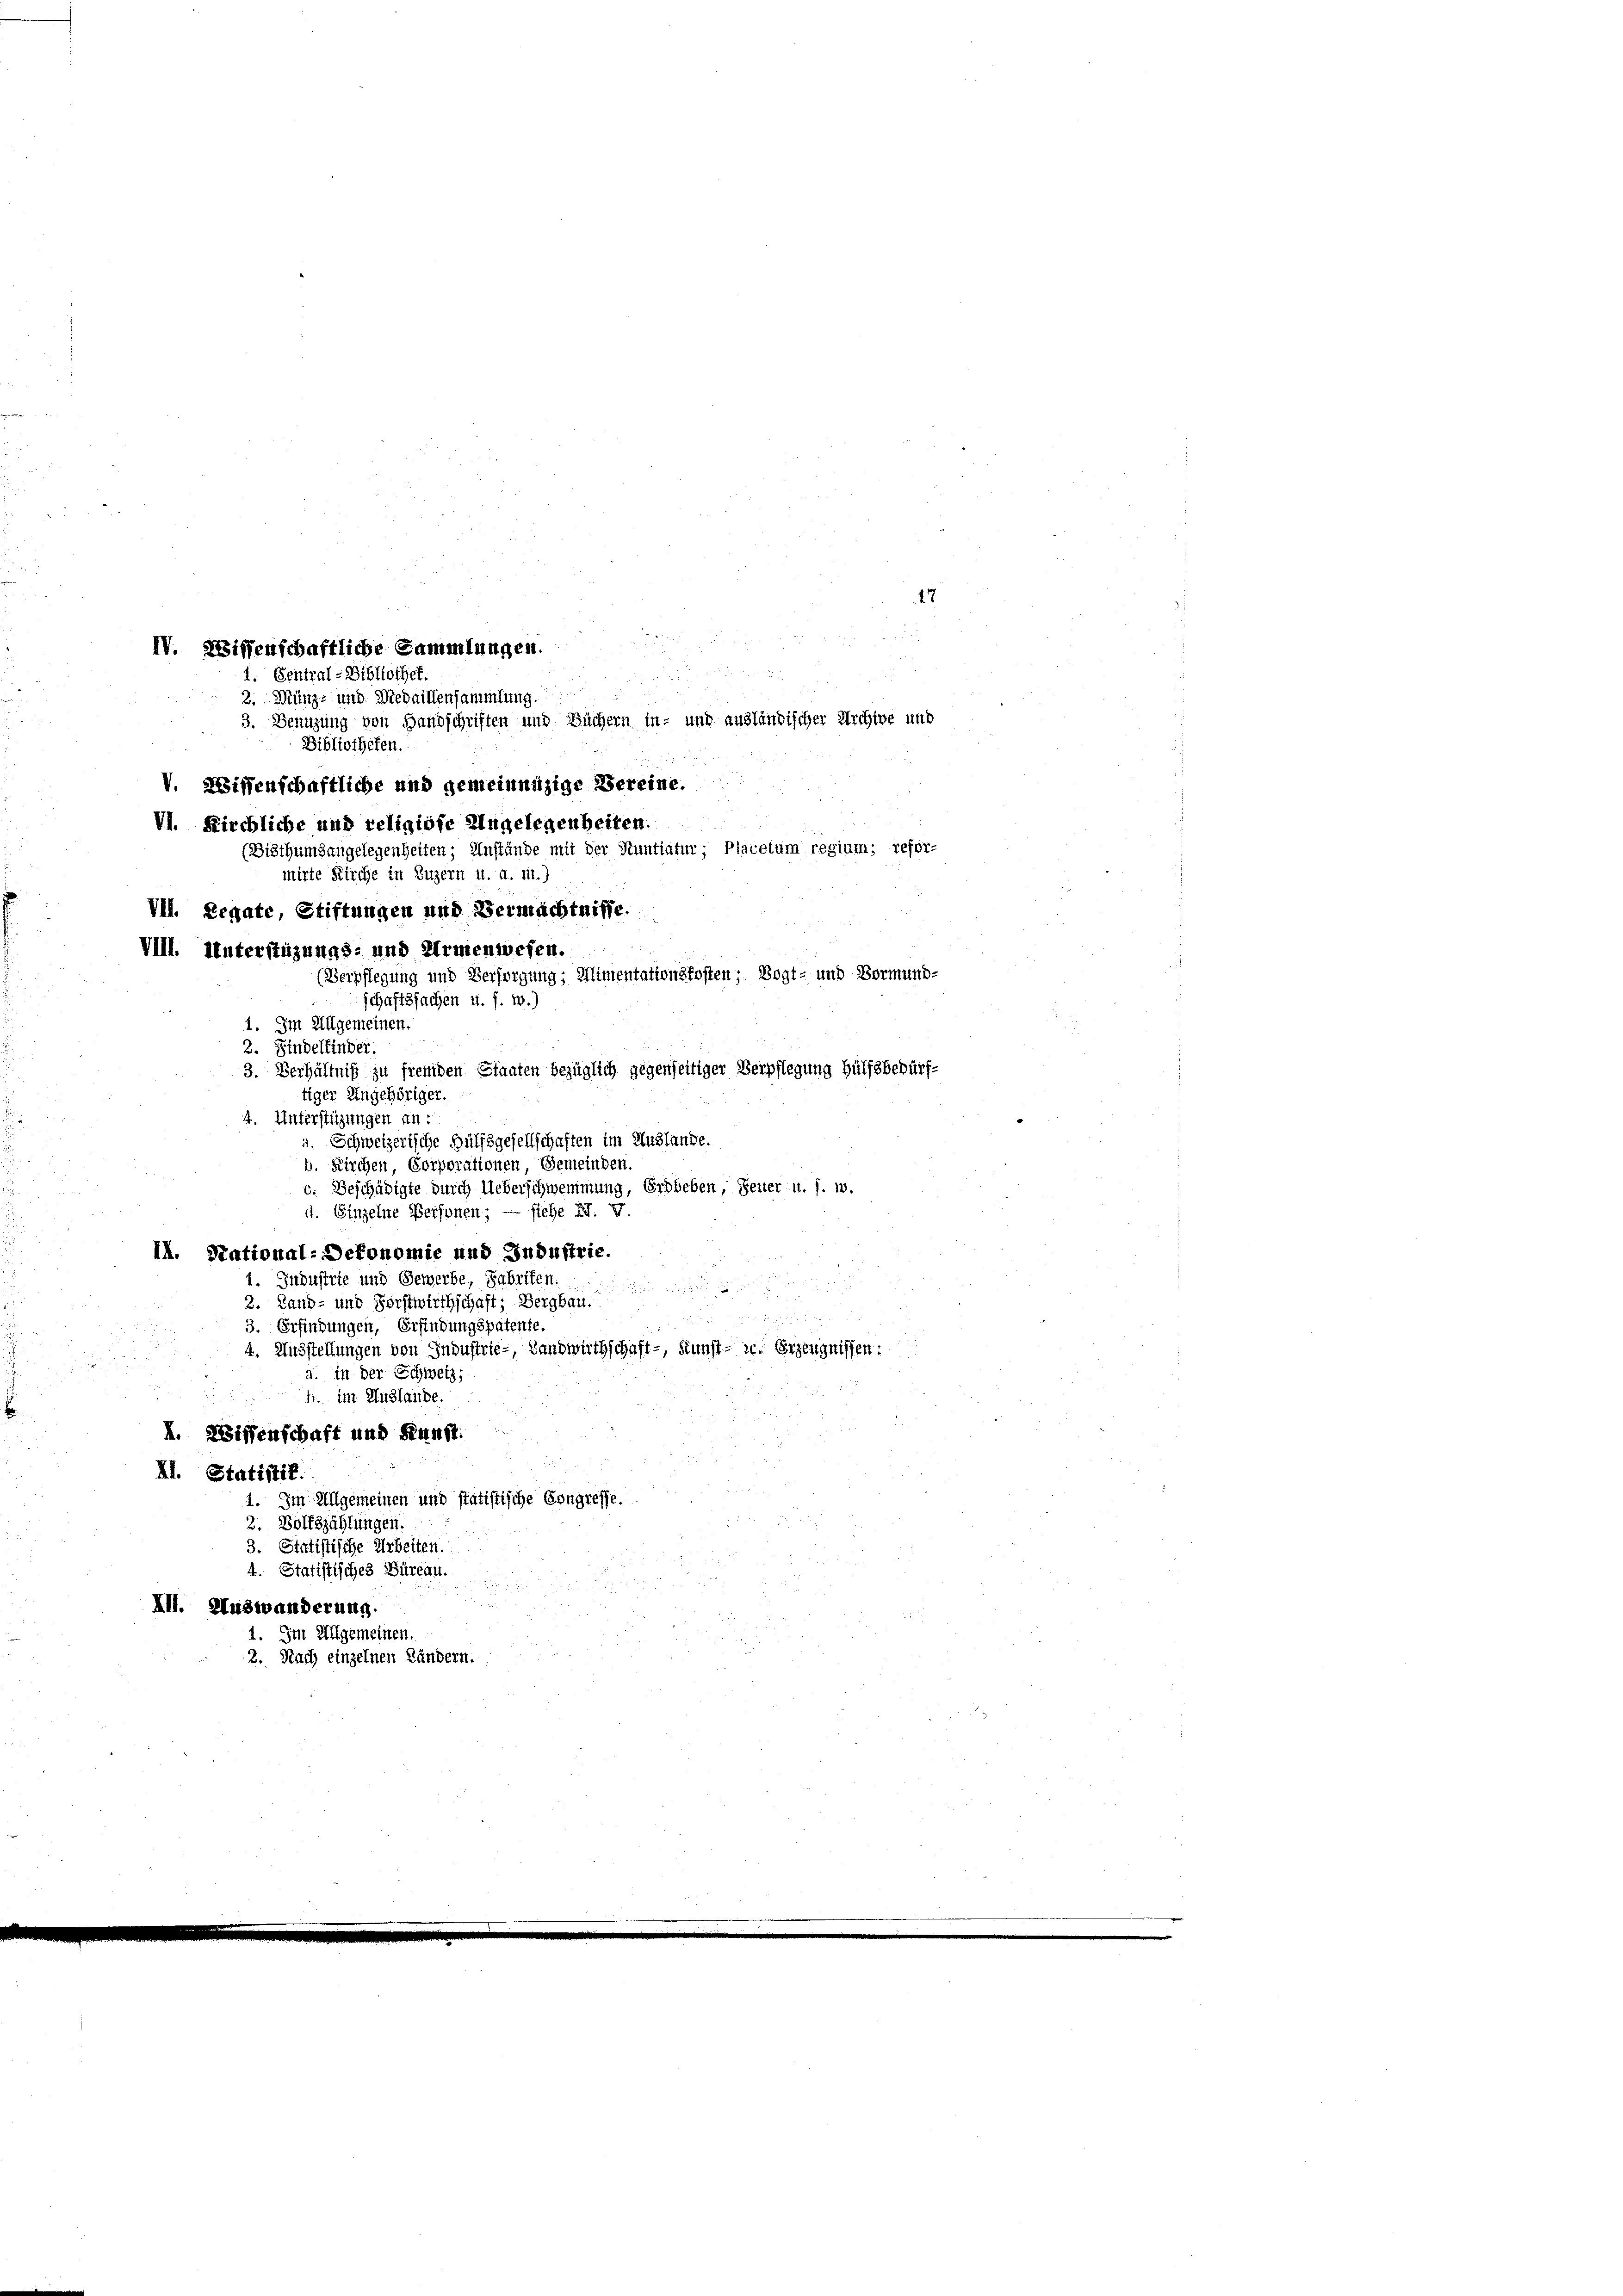
IV. Wissenschaftliche Sammlungen.
1. Sentral-Bibliothek.
2. Münz- und Medaillensammlung.

V. Wissenschaftliche und gemeinnüzige Vereine.
VI. Kirchliche und religiose Angelegenheiten.
mirte Kirche in Luzern u. a. m.)
VII. Regate, Stiftungen und Vermächtnisse.
VIII. Unterstüzungs- und Armenwesen.
schaftssachen u. s. w.)
1. Im Allgemeinen.
2. Findelfinder.
tiger Angehöriger.
4. Unterstüzungen an:

o
u
3. Benuzung von Handschriften und Büchern in- und ausländischer Archive und
Bibliotheken.
¬
(Bisthumsangelegenheiten; Anstände mit der Stuntiatur; Placetum regium; refor-
(Verpflegung und Versorgung; Mimentationskosten; Vogt- und Vormund-
3. Verhältniß zu fremden Staaten bezüglich gegenseitiger Verpflegung Hülfsbedürf¬
Schweizerische Hülfsgesellschaften im Austande.
b. Kirchen, Corporationen, Gemeinden.
c. Beschädigte durch Ueberschwemmung, Erdbeben, Feuer u. s. w.
4. Einzelne Personen; — siche F. v.
II. National-Dekonomie und Industrie.
1. Industrie und Gewerbe, Fabriken

2. Land- und Forstwirthschaft; Bergbau.
.
.
3. Erfindungen, Erfindungspatente.
4. Michstellungen von Industrie- Landwirthschaft-, Kunst - se. Erzeugnissen:
a. in der Schweiz,
4. im Auslande.
I. Wissenschaft und Kunst.
XI. Statistik.
1. Im Allgemeinen und statistische Congreff
3. Volkszählungen.
3. Statistische Arbeiten.
4. Statistisches Büreau.
XII. Auswanderung.
1. Im Allgemeinen.
2. Nach einzelnen Ländern.

47